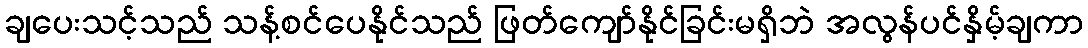
ချပေးသင့်သည် သန့်စင်ပေနိုင်သည် ဖြတ်ကျော်နိုင်ခြင်းမရှိဘဲ အလွန်ပင်နှိမ့်ချကာ